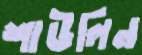
শাউলিন